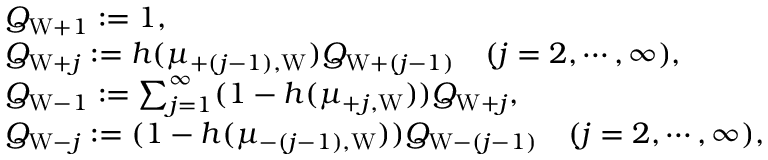
\begin{array} { r l } & { Q _ { \mathrm { W } + 1 } : = 1 , } \\ & { Q _ { \mathrm { W } + j } : = h ( \mu _ { + ( j - 1 ) , \mathrm { W } } ) Q _ { \mathrm { W } + ( j - 1 ) } \quad ( j = 2 , \cdots , \infty ) , } \\ & { Q _ { \mathrm { W } - 1 } : = \sum _ { j = 1 } ^ { \infty } ( 1 - h ( \mu _ { + j , \mathrm { W } } ) ) Q _ { \mathrm { W } + j } , } \\ & { Q _ { \mathrm { W } - j } : = ( 1 - h ( \mu _ { - ( j - 1 ) , \mathrm { W } } ) ) Q _ { \mathrm { W } - ( j - 1 ) } \quad ( j = 2 , \cdots , \infty ) , } \end{array}